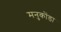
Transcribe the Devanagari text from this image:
मनुकोंडा